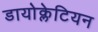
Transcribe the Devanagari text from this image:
डायोक्लेटियन